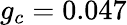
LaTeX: g_{c}=0.047